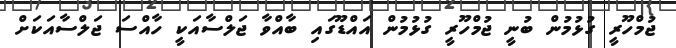
ޖުމްހޫރީ ގުޅުމުން ބުނީ ޖުމްހޫރީ ގުޅުމުން އައްޑޫގައި ބާއްވާ ޖަލްސާއަކީ ހާއްސަ ޖަލްސާއަކަށް